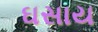
ઘસાય